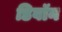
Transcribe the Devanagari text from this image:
डिवॉन